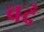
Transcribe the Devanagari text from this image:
बदं